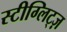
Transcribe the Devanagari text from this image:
स्टीग्लिट्ज़